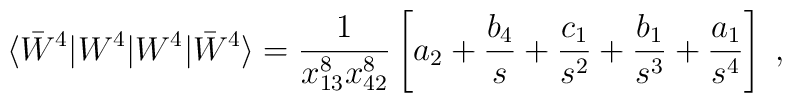
\langle \bar W^4| W^4|W^4|\bar W^4 \rangle =  \frac{1}{x^8_{13}x^8_{42}} \left[a_2 +  \frac{b_4}{s}  + \frac{c_1}{s^2}   + \frac{b_1}{s^3} + \frac{a_1}{s^4}   \right] \;,